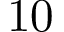
1 0